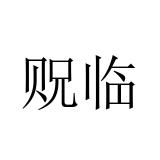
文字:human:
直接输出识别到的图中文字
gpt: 贶临